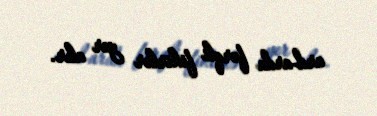
ard-arda fərqli fikirlər yer alır.